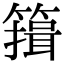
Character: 䉗